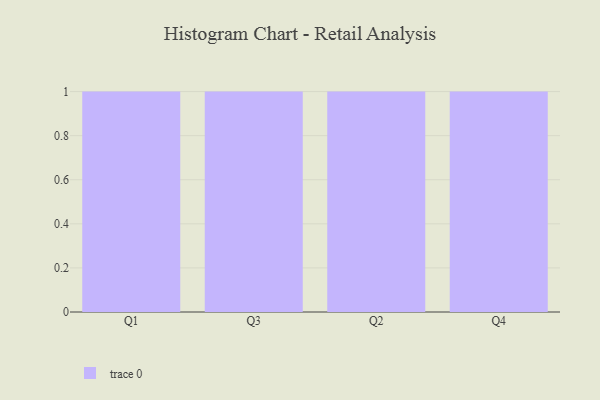
{"axis": {"x": "Quarter", "y": "Waste Production (Tons)"}, "legend": [""], "data": [{"x": "Q1", "y": 94, "type": ""}, {"x": "Q3", "y": 12, "type": ""}, {"x": "Q2", "y": 70, "type": ""}, {"x": "Q4", "y": 35, "type": ""}]}